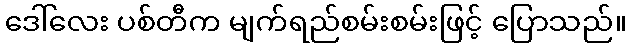
ဒေါ်လေး ပစ်တီက မျက်ရည်စမ်းစမ်းဖြင့် ပြောသည်။